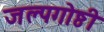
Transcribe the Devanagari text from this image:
जल्पगोष्ठी